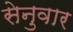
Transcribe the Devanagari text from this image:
सेनुवार